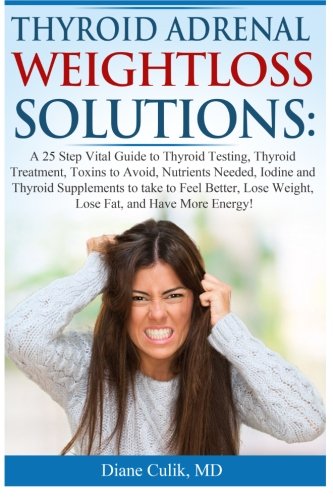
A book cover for Thyroid Adrenal Weightloss Solutions: A 25 Step Vital Guide to Thyroid Testing, Thyroid Treatment, Toxins to Avoid, Nutrients Needed, Iodine and ... (Simple Steps to Better Health) (Volume 1); Dr, Diane Culik; Health, Fitness & Dieting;